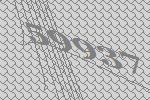
59937